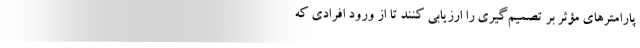
پارامترهای مؤثر بر تصمیم‌گیری را ارزیابی کنند تا از ورود افرادی که